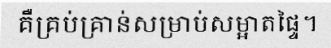
គឺគ្រប់គ្រាន់សម្រាប់សម្អាតផ្ទៃ។